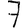
Digit: 7